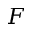
F